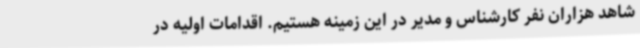
شاهد هزاران نفر کارشناس و مدیر در این زمینه هستیم. اقدامات اولیه در